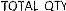
TOTAL QTY